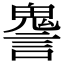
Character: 𧫏